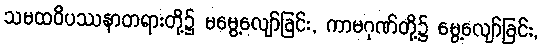
သမထဝိပဿနာတရားတို့၌ မမွေ့လျော်ခြင်း, ကာမဂုဏ်တို့၌ မွေ့လျော်ခြင်း,